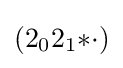
(2_{0}2_{1}{*}{\cdot })